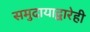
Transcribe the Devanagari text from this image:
समुदायाद्वारेही